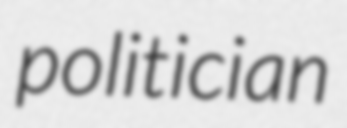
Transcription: politician